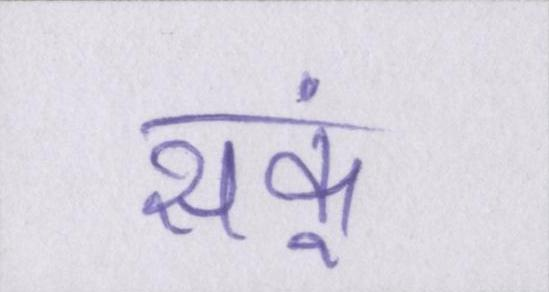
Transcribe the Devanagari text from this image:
सकूं